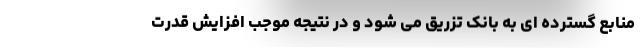
منابع گسترده ای به بانک تزریق می شود و در نتیجه موجب افزایش قدرت